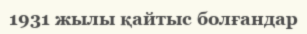
1931 жылы қайтыс болғандар